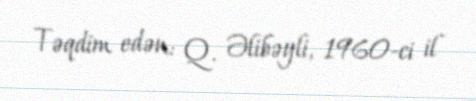
Təqdim edən: Q. Əlibəyli, 1960-ci il